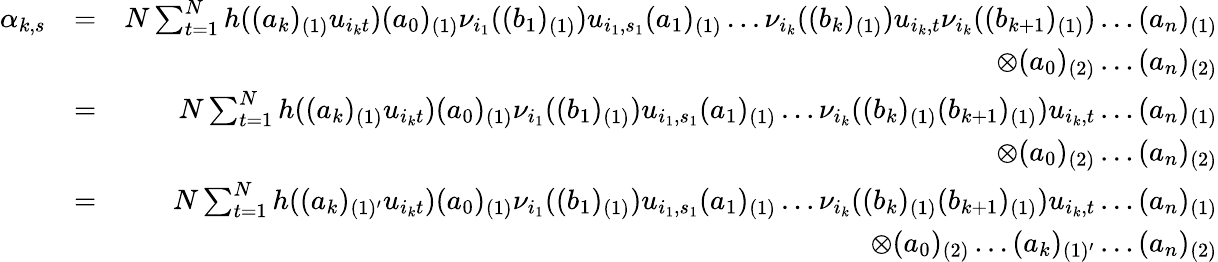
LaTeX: \begin{array}{rlr}{\alpha_{k,s}}&{=}&{N\sum_{t=1}^{N}h((a_{k})_{(1)}u_{i_{k}t})(a_{0})_{(1)}\nu_{i_{1}}((b_{1})_{(1)})u_{i_{1},s_{1}}(a_{1})_{(1)}\dots\nu_{i_{k}}((b_{k})_{(1)})u_{i_{k},t}\nu_{i_{k}}((b_{k+1})_{(1)})\dots(a_{n})_{(1)}}\\ &{}&{\otimes(a_{0})_{(2)}\dots(a_{n})_{(2)}}\\ &{=}&{N\sum_{t=1}^{N}h((a_{k})_{(1)}u_{i_{k}t})(a_{0})_{(1)}\nu_{i_{1}}((b_{1})_{(1)})u_{i_{1},s_{1}}(a_{1})_{(1)}\dots\nu_{i_{k}}((b_{k})_{(1)}(b_{k+1})_{(1)})u_{i_{k},t}\dots(a_{n})_{(1)}}\\ &{}&{\otimes(a_{0})_{(2)}\dots(a_{n})_{(2)}}\\ &{=}&{N\sum_{t=1}^{N}h((a_{k})_{(1)^{\prime}}u_{i_{k}t})(a_{0})_{(1)}\nu_{i_{1}}((b_{1})_{(1)})u_{i_{1},s_{1}}(a_{1})_{(1)}\dots\nu_{i_{k}}((b_{k})_{(1)}(b_{k+1})_{(1)})u_{i_{k},t}\dots(a_{n})_{(1)}}\\ &{}&{\otimes(a_{0})_{(2)}\dots(a_{k})_{(1)^{\prime}}\dots(a_{n})_{(2)}}\end{array}